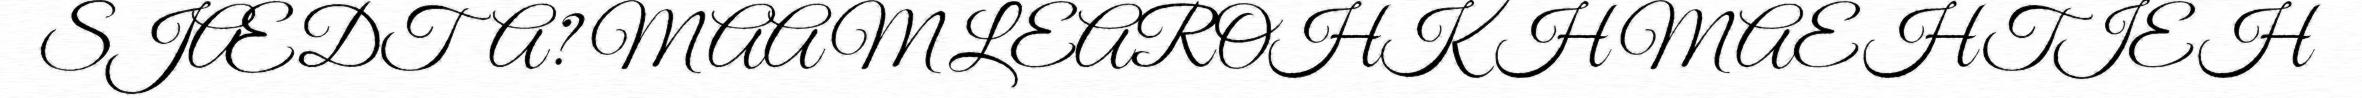
SJÆDTA? MAAM LEAROHKH MAEHTIEH